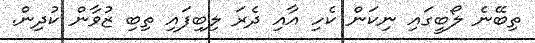
ތިބޭނެ ލޯބީގައި ނިކަން ކެހި އާއި ދެރަ ލިބިފައި ތިބި ޒުވާން ކުދިން.